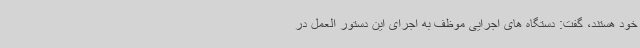
خود هستند، گفت: دستگاه های اجرایی موظف به اجرای این دستور العمل در